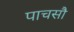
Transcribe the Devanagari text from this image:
पाचसौ